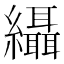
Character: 䌰